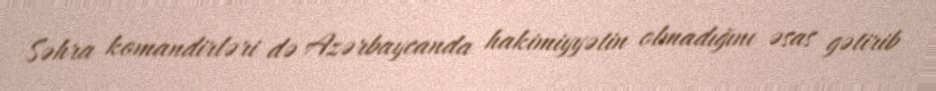
Səhra komandirləri də Azərbaycanda hakimiyyətin olmadığını əsas gətirib